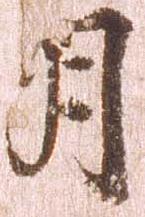
月